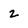
Character: z